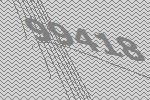
99418